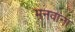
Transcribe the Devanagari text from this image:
मनवाना